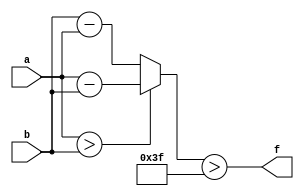
module wce_mit(a, b, f);
parameter _bit = 16;
parameter wce = 63;
input [_bit - 1: 0] a;
input [_bit - 1: 0] b;
output f;
wire [_bit - 1: 0] diff;
assign diff = (a > b)? (a - b): (b - a);
assign f = (diff > wce);
endmodule